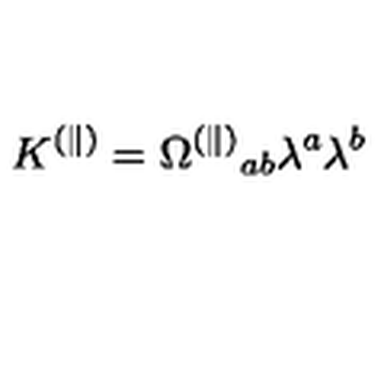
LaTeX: K ^ { ( \| ) } = \Omega ^ { ( \| ) } { } _ { a b } \lambda ^ { a } \lambda ^ { b }